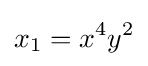
x_{1}=x^{4}y^{2}